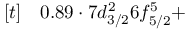
\begin{array} { r l } { [ t ] } & { { } 0 . 8 9 \cdot 7 d _ { 3 / 2 } ^ { 2 } 6 f _ { 5 / 2 } ^ { 5 } + } \end{array}